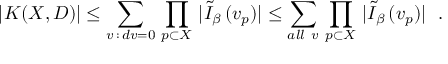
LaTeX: \left. | K ( X , D ) | \leq \sum _ { v \, : \, d v = 0 } \, \prod _ { p \subset X } \, | \tilde { I } _ { \beta } \, ( v _ { p } ) | \leq \sum _ { a l l \ v } \, \prod _ { p \subset X } \, | \tilde { I } _ { \beta } \, ( v _ { p } ) | \right. \ .